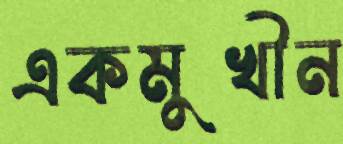
একমুখীন